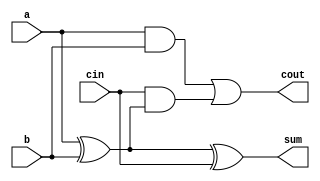
module add1 ( 
    input a, 
    input b, 
    input cin,   
    output sum, 
    output cout 
);
    assign sum = a ^ b ^ cin;
    assign cout = (a & b) | (cin & (a ^ b));

endmodule

module add2(
    input [1:0]a, 
    input [1:0]b, 
    input cin,   
    output [1:0]sum, 
    output cout 
);
    wire cout1;
    add1 ins1(
        a[0],
        b[0],
        cin,
        sum[0],
        cout1
    );
    add1 ins2(
        a[1],
        b[1],
        cout1,
        sum[1],
        cout
    );

endmodule

module add4(
    input [3:0]a, 
    input [3:0]b, 
    input cin,   
    output [3:0]sum, 
    output cout 
);
    wire cout2;
    add2 ins1(
        a[1:0],
        b[1:0],
        cin,
        sum[1:0],
        cout2
    );
    add2 ins2(
        a[3:2],
        b[3:2],
        cout2,
        sum[3:2],
        cout
    );

endmodule

module add8(
    input [7:0]a, 
    input [7:0]b, 
    input cin,   
    output [7:0]sum, 
    output cout 
);
    wire cout3;
    add4 ins1(
        a[3:0],
        b[3:0],
        cin,
        sum[3:0],
        cout3
    );
    add4 ins2(
        a[7:4],
        b[7:4],
        cout3,
        sum[7:4],
        cout
    );

endmodule

module add16(
    input [15:0]a, 
    input [15:0]b, 
    input cin,   
    output [15:0]sum, 
    output cout 
);
    wire cout4;
    add8 ins1(
        a[7:0],
        b[7:0],
        cin,
        sum[7:0],
        cout4
    );
    add8 ins2(
        a[15:8],
        b[15:8],
        cout4,
        sum[15:8],
        cout
    );

endmodule

module rcadd32(
    input [31:0]a,
    input [31:0]b,
    input cin,
    output [31:0]sum,
    output cout
);
    wire cout5;

    add16 ins1(
        a[15:0],
        b[15:0],
        cin,
        sum[15:0],
        cout5
    );
    add16 ins2(
        a[31:16],
        b[31:16],
        cout5,
        sum[31:16],
        cout
    );

endmodule